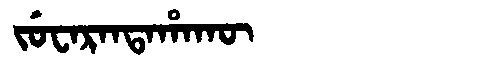
Manchu: ᠵᡠᠸᠠᡵᠠᠨᡨᠠᡥᠠᡴᡡ
Romanization: JUWARANTAHAKŪ